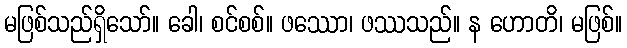
မဖြစ်သည်ရှိသော်။ ခေါ၊ စင်စစ်။ ဖဿော၊ ဖဿသည်။ န ဟောတိ၊ မဖြစ်။